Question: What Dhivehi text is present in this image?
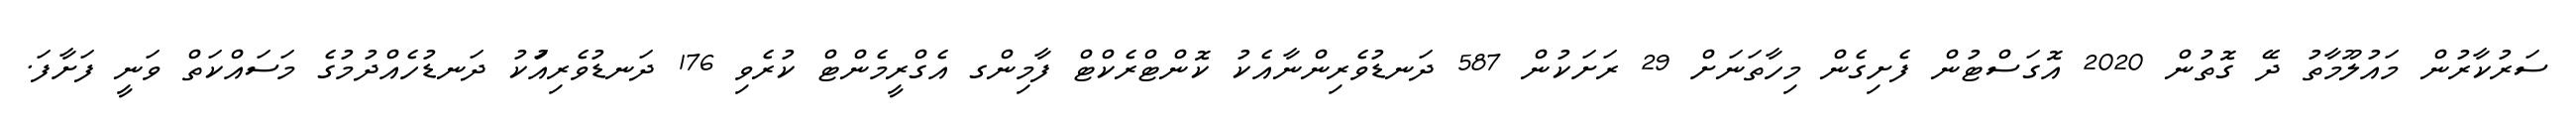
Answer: ސަރުކާރުން މައުލޫމާތު ދޭ ގޮތުން 2020 އޮގަސްޓުން ފެށިގެން މިހާތަނަށް 29 ރަށަކުން 587 ދަނޑުވެރިންނާއެކު ކޮންޓްރެކްޓް ފާމިންގ އެގްރީމެންޓް ކުރެވި 176 ދަނޑުވެރިއަުކު ދަނޑުހެއްދުމުގެ މަސައްކަތް ވަނީ ފަށާފަ.